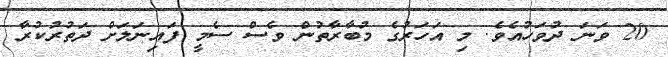
20 ވަނަ ދުވަހުއެވެ. މި އަހަރުގެ މުބާރާތުން ވެސް ސެމީ ފައިނަލަށް ދަތުރުކުރާ